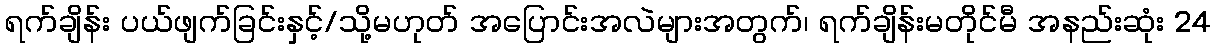
ရက်ချိန်း ပယ်ဖျက်ခြင်းနှင့်/သို့မဟုတ် အပြောင်းအလဲများအတွက်၊ ရက်ချိန်းမတိုင်မီ အနည်းဆုံး 24